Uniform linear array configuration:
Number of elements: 48
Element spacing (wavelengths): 0.25
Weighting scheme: cosine
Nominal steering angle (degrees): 0
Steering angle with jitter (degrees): -0.5005
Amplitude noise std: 0.05
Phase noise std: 0.05

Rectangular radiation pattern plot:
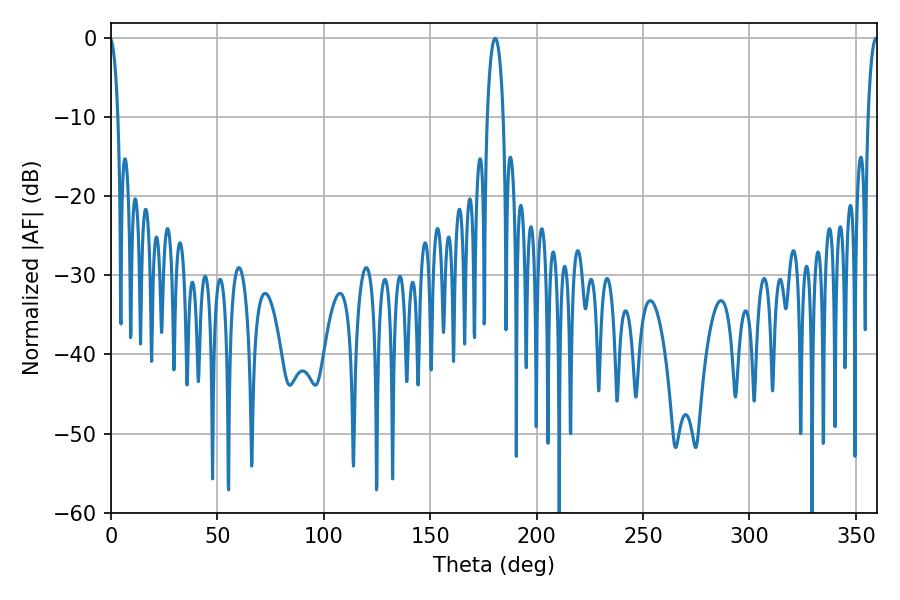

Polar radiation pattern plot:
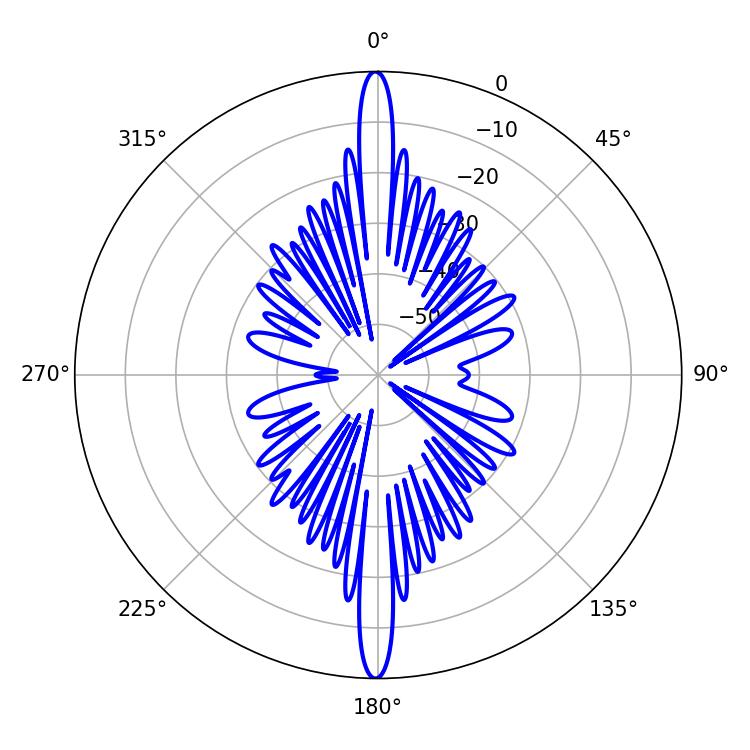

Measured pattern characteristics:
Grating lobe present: FALSE
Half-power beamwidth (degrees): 2.7
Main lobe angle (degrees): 359.46